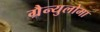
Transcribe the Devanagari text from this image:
ग्रैन्युलोमा